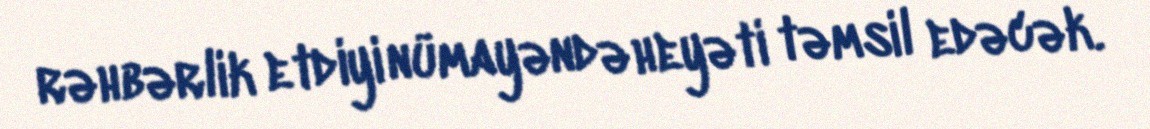
rəhbərlik etdiyi nümayəndə heyəti təmsil edəcək.